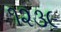
૧૨૩૯